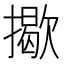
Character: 𢶆